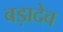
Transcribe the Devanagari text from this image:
बड़ादेव